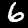
Label: 6